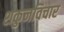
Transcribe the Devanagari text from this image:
शकुनविचार